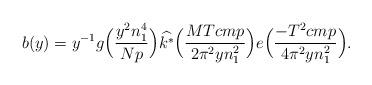
LaTeX: \begin{align*}b(y) = y^{-1} g \Bigl( \frac{y^2 n_1^4}{N p} \Bigr) \widehat{k^*} \Bigl( \frac{ M T c m p }{2 \pi^2 y n_1^2} \Bigr) e \Bigl( \frac{-T^2 c m p}{4 \pi^2 y n_1^2} \Bigr) .\end{align*}